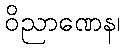
ဝိညာဏေန၊